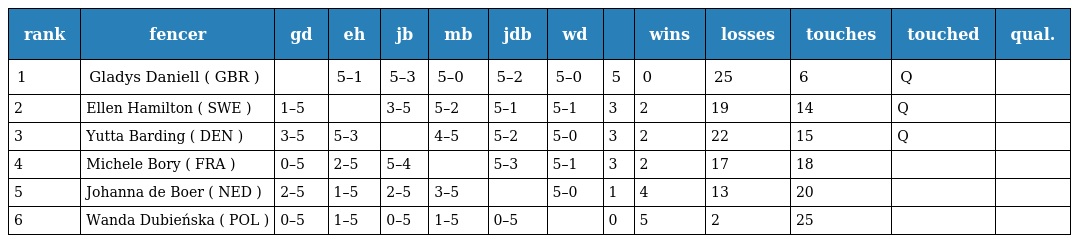
| rank | fencer | gd | eh | jb | mb | jdb | wd |  | wins | losses | touches | touched | qual. |
 | --- | --- | --- | --- | --- | --- | --- | --- | --- | --- | --- | --- | --- | --- |
 | 1 | Gladys Daniell ( GBR ) |  | 5–1 | 5–3 | 5–0 | 5–2 | 5–0 | 5 | 0 | 25 | 6 | Q |  |
 | 2 | Ellen Hamilton ( SWE ) | 1–5 |  | 3–5 | 5–2 | 5–1 | 5–1 | 3 | 2 | 19 | 14 | Q |  |
 | 3 | Yutta Barding ( DEN ) | 3–5 | 5–3 |  | 4–5 | 5–2 | 5–0 | 3 | 2 | 22 | 15 | Q |  |
 | 4 | Michele Bory ( FRA ) | 0–5 | 2–5 | 5–4 |  | 5–3 | 5–1 | 3 | 2 | 17 | 18 |  |  |
 | 5 | Johanna de Boer ( NED ) | 2–5 | 1–5 | 2–5 | 3–5 |  | 5–0 | 1 | 4 | 13 | 20 |  |  |
 | 6 | Wanda Dubieńska ( POL ) | 0–5 | 1–5 | 0–5 | 1–5 | 0–5 |  | 0 | 5 | 2 | 25 |  |  |